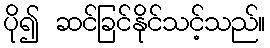
ပို၍ ဆင်ခြင်နိုင်သင့်သည်။